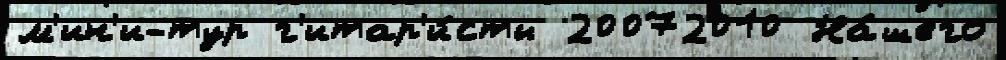
м'ин'и-тур г'итар'и́сты 20072010 На́шего